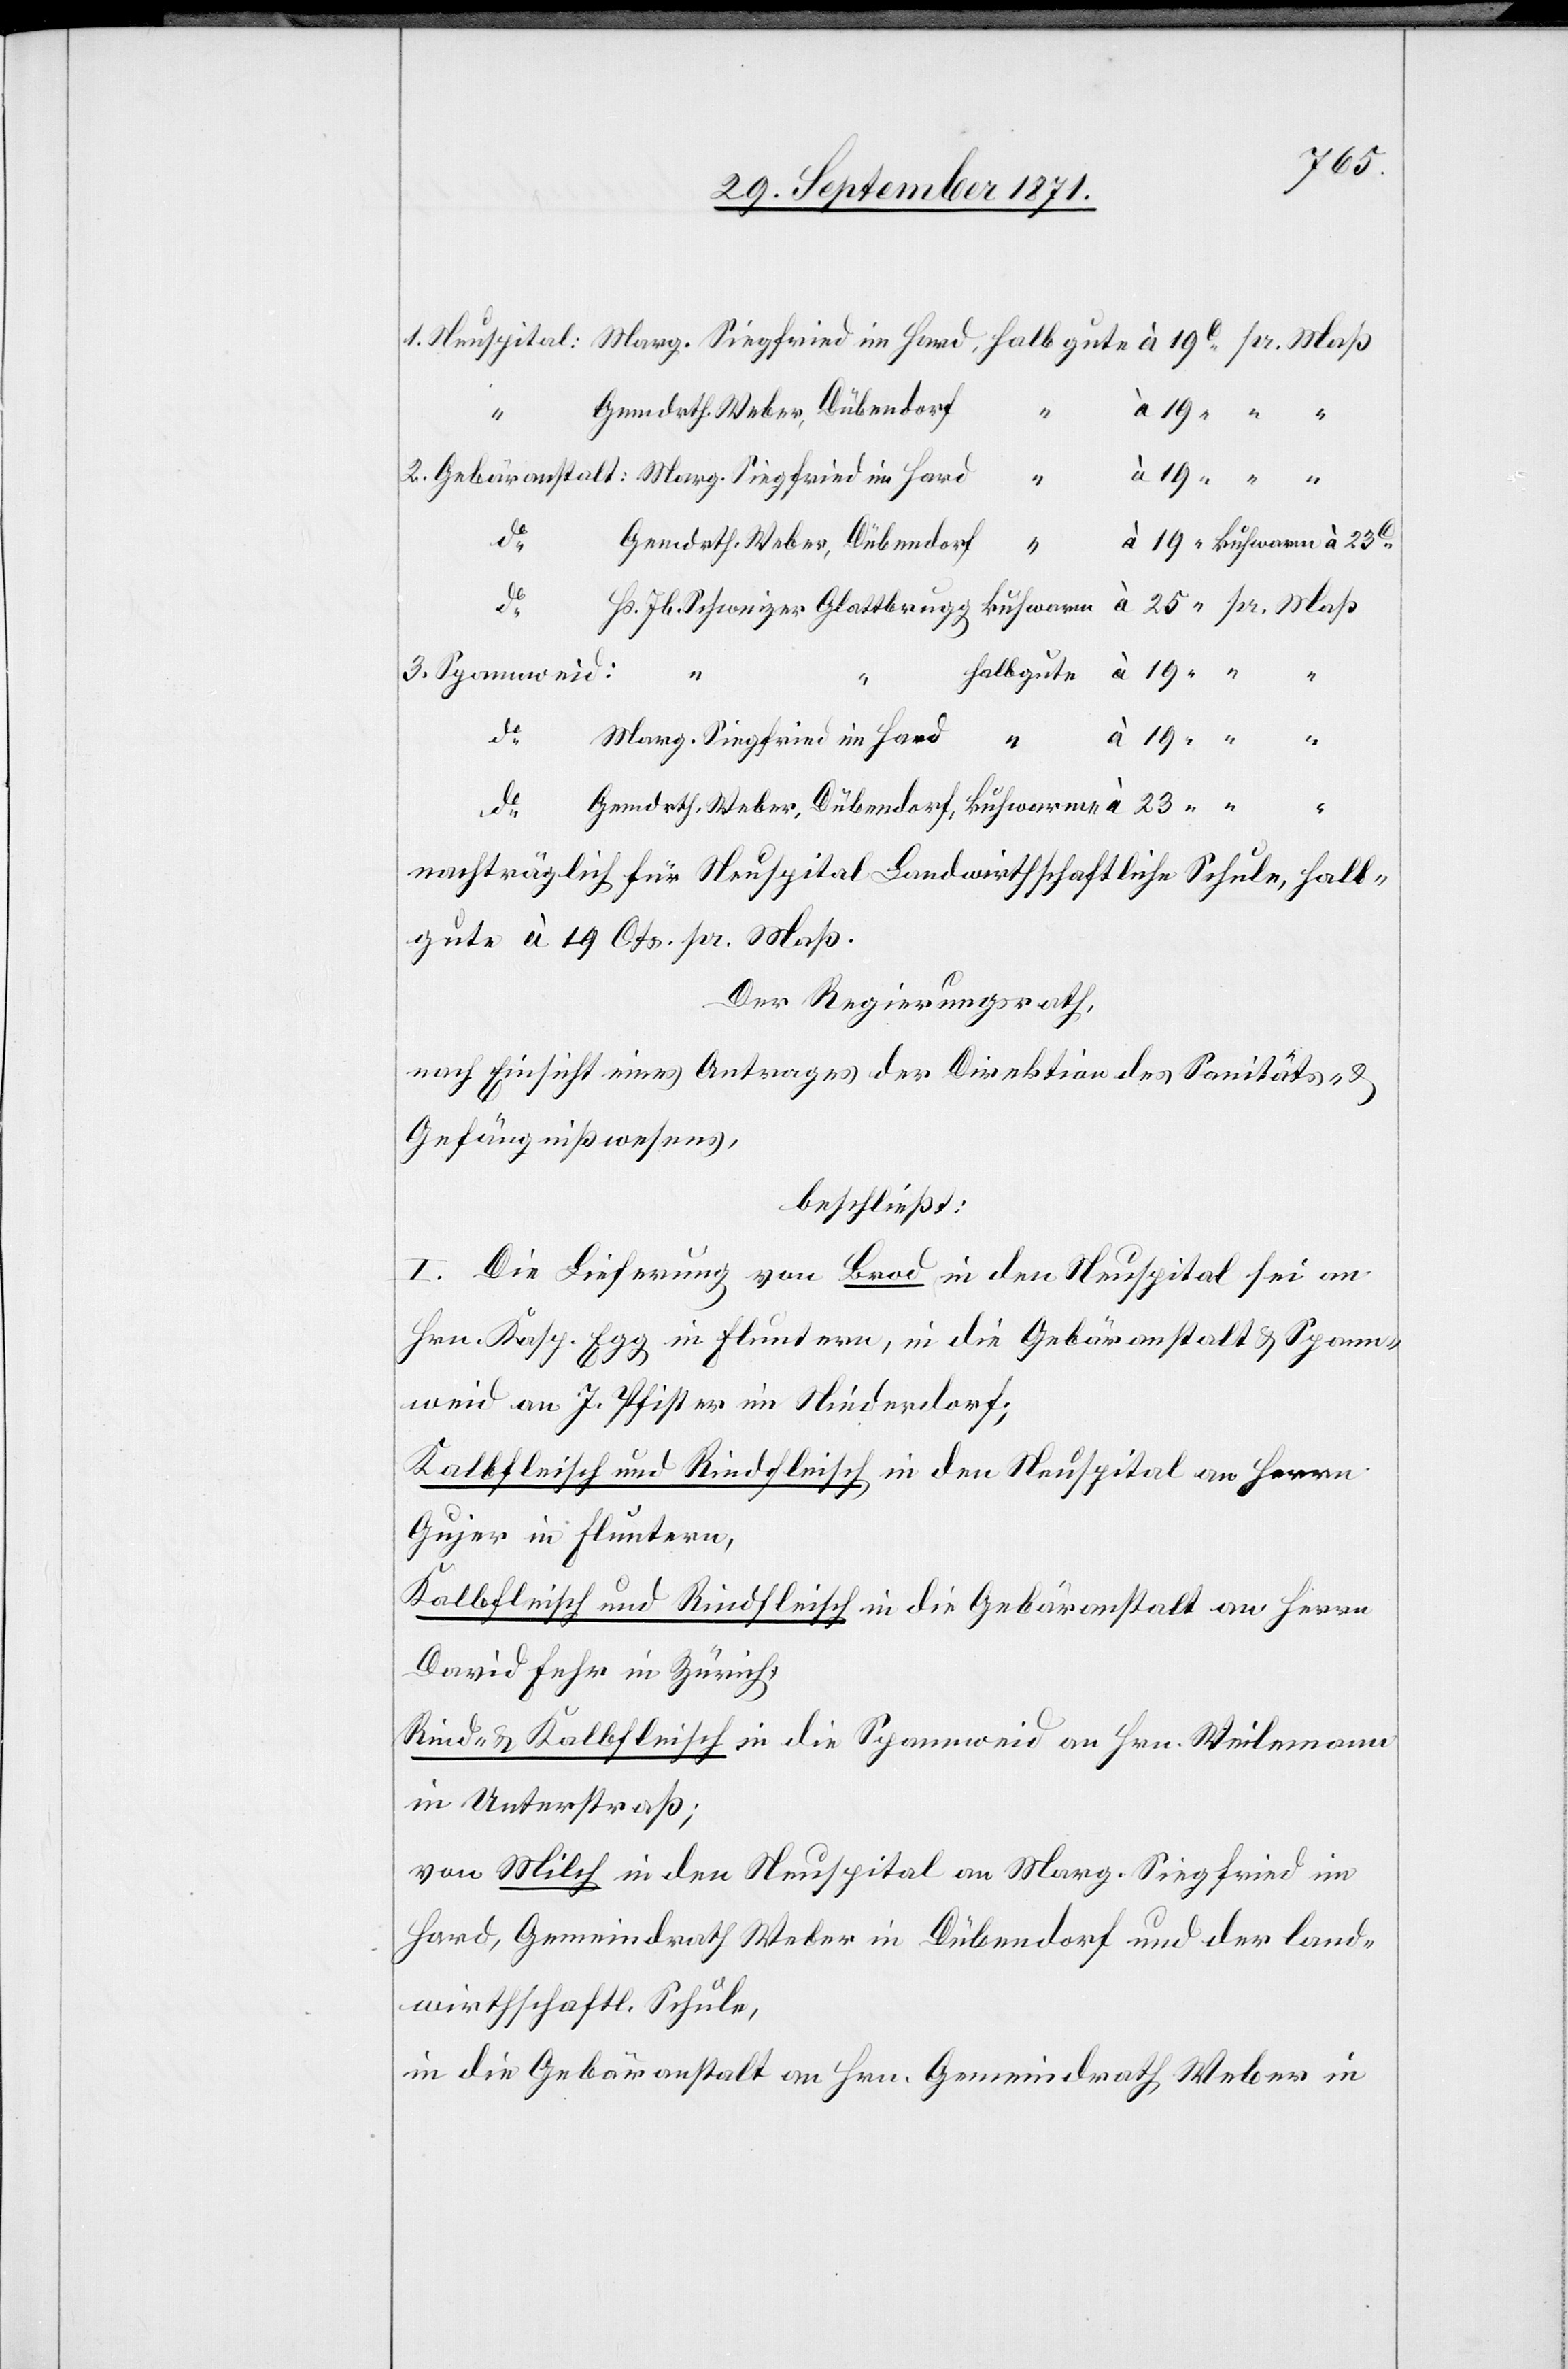
Gemdrth Weber, Dübendorf
23
do
Jb.
3. Spannweid:
“
19
do
“
Marg. Siegfried im Hard
“
do
Nachträglich für Neuspital Landwirthschaftliche Schule, halb¬
gute à 19 Cts. pr. Maß.
Der Regierungsrath,
nach Einsicht eines Antrages der Direktion des Sanitäts- &
Gefängnißwesens,
beschließt:
I. Die Lieferung von Brod in den Neuspital sei an
Hr. Kasp. Egg in Fluntern, in die Gebäranstalt & Spann¬
weid an J. Pfister im Niederdorf;
Kalbfleisch und Rindfleisch in den Neuspital an Herrn
Gujer in Fluntern,
Kalbfleisch und Rindfleisch in die Gebäranstalt an Herrn
David Fehr in Zürich,
Rind- & Kalbfleisch in die Spannweid an Hrn. Weilemann
in Unterstraß;
von Milch in den Neuspital an Marg. Siegfried im
Hard, Gemeindrath Weber in Dübendorf und der land¬
wirthschaftl. Schule,
in die Gebäranstalt an Hrn. Gemeindrath Weber in